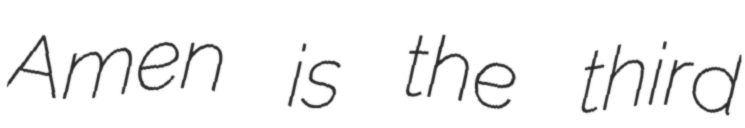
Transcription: Amen is the third